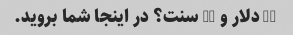
30 دلار و 10 سنت؟ در اینجا شما بروید.